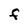
Character: F